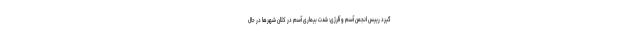
گیرد رییس انجمن آسم و آلرژی: شدت بیماری آسم در کلان شهرها در حال